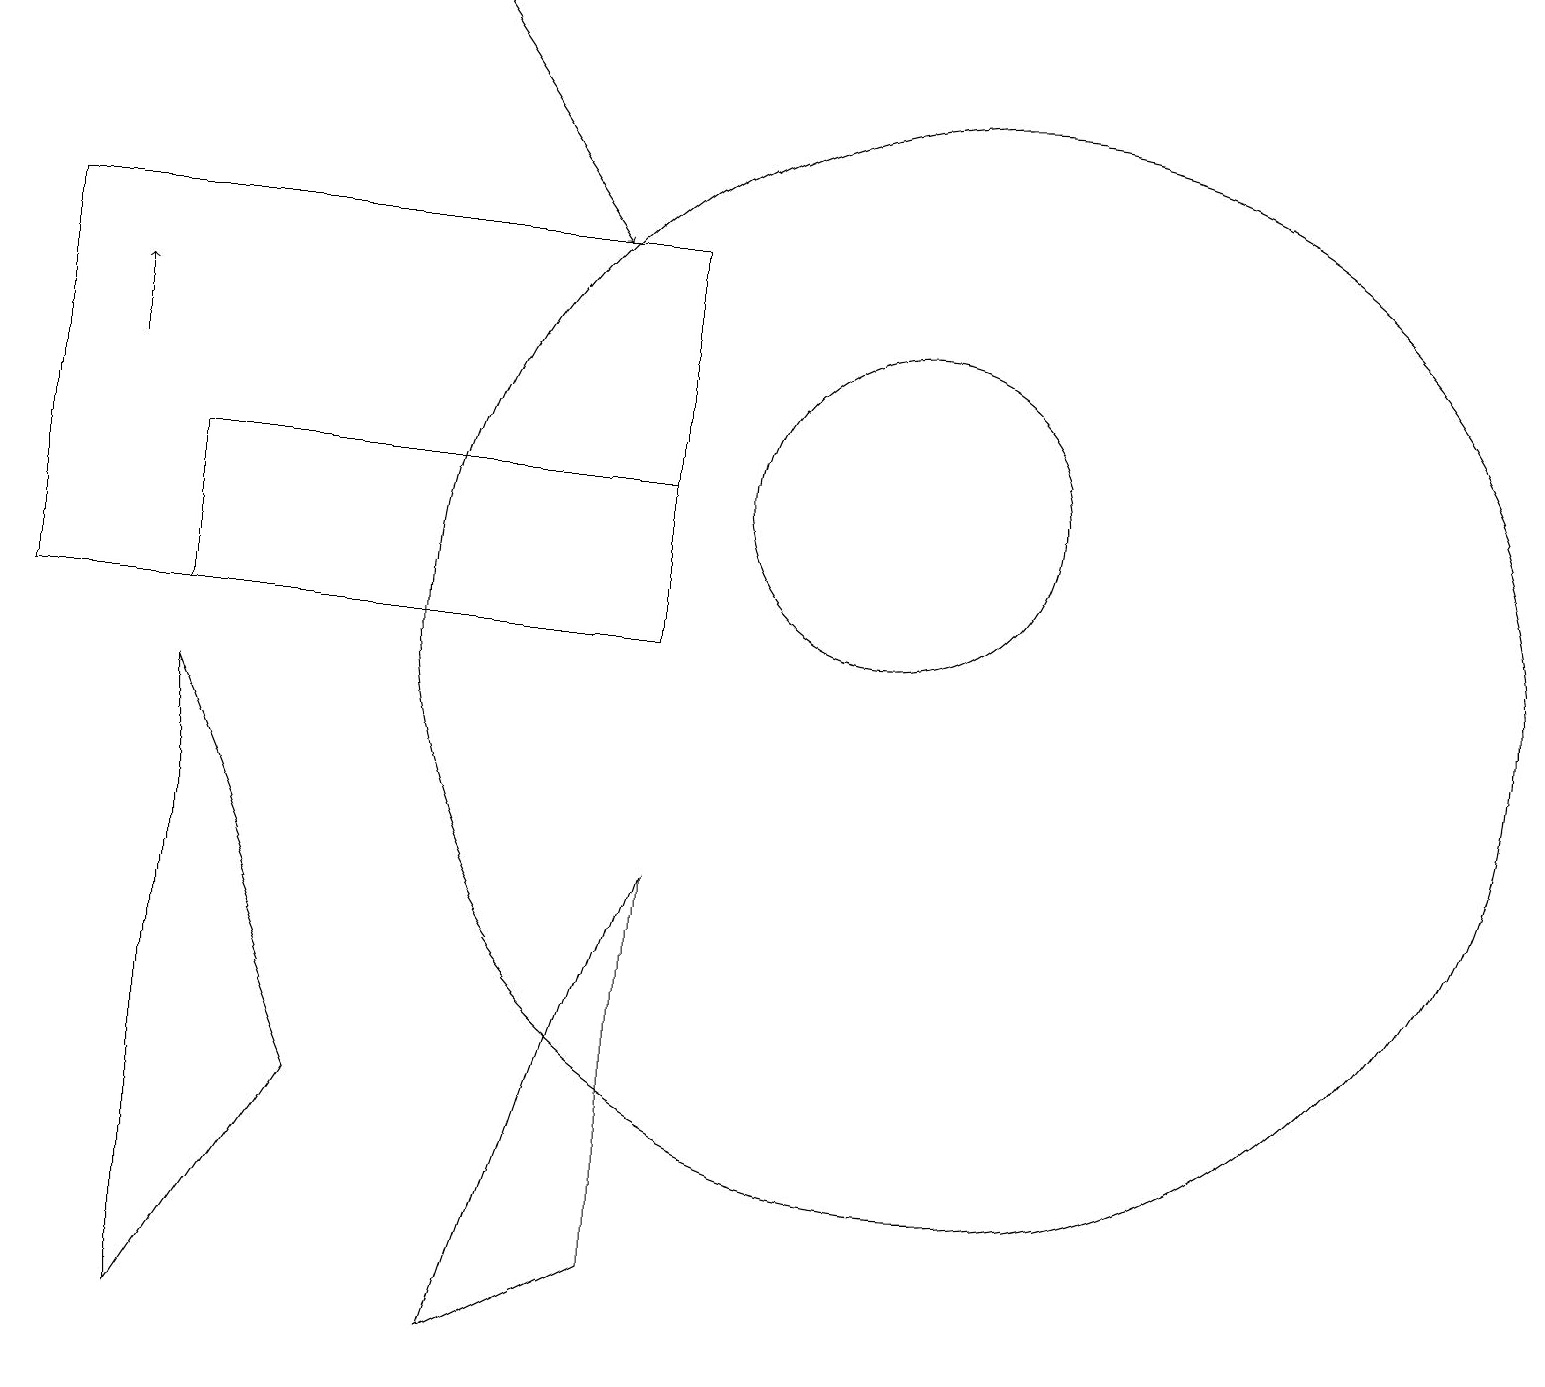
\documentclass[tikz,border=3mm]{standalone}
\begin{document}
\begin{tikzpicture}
\draw (11,12) circle (2);
\draw (8,10) rectangle (2,12);
\draw (4,4) -- (2,1) -- (2,9) -- cycle;
\draw (8,10) rectangle (0,15);
\draw[->] (5,18) -- (7,15);
\draw (8,2) -- (8,7) -- (6,1) -- cycle;
\draw[->] (1,13) -- (1,14);
\draw (12,10) circle (7);
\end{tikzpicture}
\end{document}